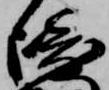
崎